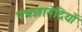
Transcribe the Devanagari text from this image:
पंचज्ञानेद्रियों